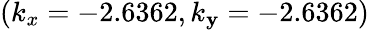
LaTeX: (k_{x}=-2.6362,k_{\mathbf{y}}=-2.6362)